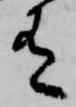
有